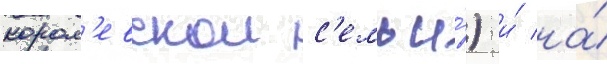
корол'евскои с'емьи́) и́ на́